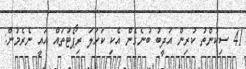
41 ސިކުންތު ކުރިން އަދީބު ބުނެގެން އެކި ކަހަލަ ރިޕޯޓުތައް އައީ ނެރެމުން: